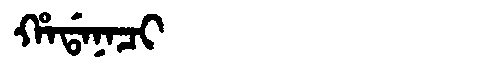
Manchu: ᡥᠠᡩᠠᠨᠠᠴᡳ
Romanization: HADANACI